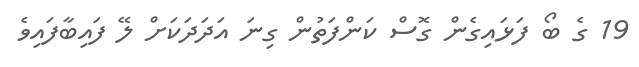
19 ގެ ބޯ ފަޅައިގެން ގޮސް ކަންފަތުން ގިނަ އަދަދަކަށް ލޭ ފައިބާފައިވެ